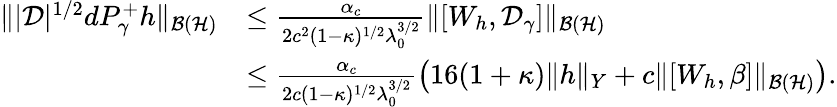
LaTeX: \begin{array}{rl}{\| |\mathcal D|^{1/2}dP_{\gamma}^{+}h\| _{\mathcal{B}(\mathcal{H})}}&{\leq\frac{\alpha_{c}}{2c^{2}(1-\kappa)^{1/2}\lambda_{0}^{3/2}}\| [W_{h},\mathcal D_{\gamma}]\| _{\mathcal{B}(\mathcal{H})}}\\ &{\leq\frac{\alpha_{c}}{2c(1-\kappa)^{1/2}\lambda_{0}^{3/2}}\left(16(1+\kappa)\| h\| _{Y}+c\| [W_{h},\beta]\| _{\mathcal{B}(\mathcal{H})}\right).}\end{array}